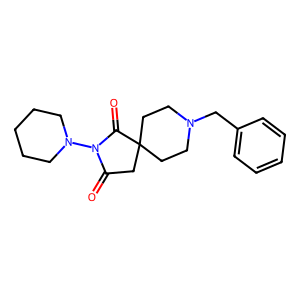
SMILES: O=C1CC2(CCN(Cc3ccccc3)CC2)C(=O)N1N1CCCCC1
Inhibits HIV replication: No